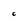
Character: C